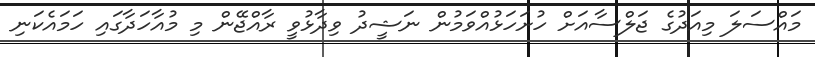
މައްސަލަ މިއަދުގެ ޖަލްސާއަށް ހުށަހަޅުއްވަމުން ނަޝީދު ވިދާޅުވީ ރާއްޖޭން މި މުއާހަދާގައި ހަމައެކަނި